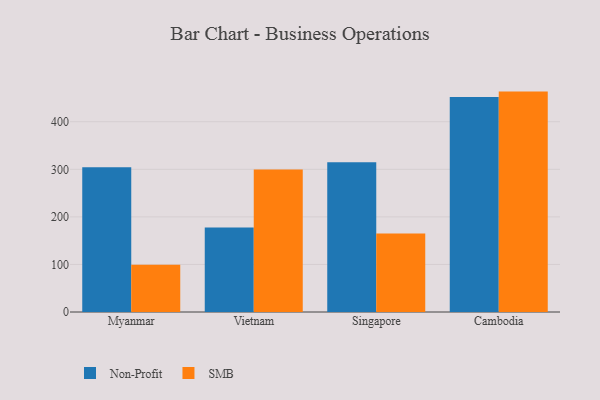
{"axis": {"x": "Country", "y": "Population (Million)"}, "legend": ["Non-Profit", "SMB"], "data": [{"x": "Myanmar", "y": 304.6, "type": "Non-Profit"}, {"x": "Myanmar", "y": 99.1, "type": "SMB"}, {"x": "Vietnam", "y": 177.5, "type": "Non-Profit"}, {"x": "Vietnam", "y": 299.6, "type": "SMB"}, {"x": "Singapore", "y": 314.8, "type": "Non-Profit"}, {"x": "Singapore", "y": 165.0, "type": "SMB"}, {"x": "Cambodia", "y": 451.8, "type": "Non-Profit"}, {"x": "Cambodia", "y": 463.4, "type": "SMB"}]}